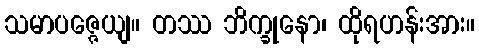
သမာပဇ္ဇေယျ။ တဿ ဘိက္ခုနော၊ ထိုရဟန်းအား။